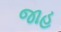
જાહ